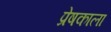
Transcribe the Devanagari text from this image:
प्रेषकाला